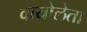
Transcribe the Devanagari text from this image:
वायोलेता